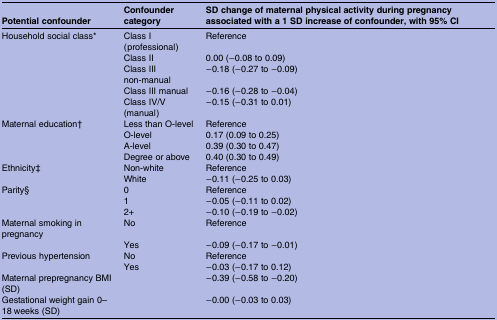
| Potential confounder | Confounder category | SD change of maternal physical activity during pregnancy associated with a 1 SD increase of confounder, with 95% CI |
 | --- | --- | --- |
 | Household social class* | Class I (professional) | Reference |
 | <ROWSPAN=4>  | Class II | 0.00 (−0.08 to 0.09) |
 | Class III non-manual | −0.18 (−0.27 to −0.09) |
 | Class III manual | −0.16 (−0.28 to −0.04) |
 | Class IV/V (manual) | −0.15 (−0.31 to 0.01) |
 | Maternal education† | Less than O-level | Reference |
 | <ROWSPAN=3>  | O-level | 0.17 (0.09 to 0.25) |
 | A-level | 0.39 (0.30 to 0.47) |
 | Degree or above | 0.40 (0.30 to 0.49) |
 | Ethnicity‡ | Non-white | Reference |
 |  | White | −0.11 (−0.25 to 0.03) |
 | Parity§ | 0 | Reference |
 | <ROWSPAN=2>  | 1 | −0.05 (−0.11 to 0.02) |
 | 2+ | −0.10 (−0.19 to −0.02) |
 | Maternal smoking in pregnancy | No | Reference |
 |  | Yes | −0.09 (−0.17 to −0.01) |
 | Previous hypertension | No | Reference |
 |  | Yes | −0.03 (−0.17 to 0.12) |
 | Maternal prepregnancy BMI (SD) |  | −0.39 (−0.58 to −0.20) |
 | Gestational weight gain 0–18 weeks (SD) |  | −0.00 (−0.03 to 0.03) |